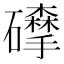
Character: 𥗘